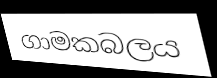
ගාමකබලය